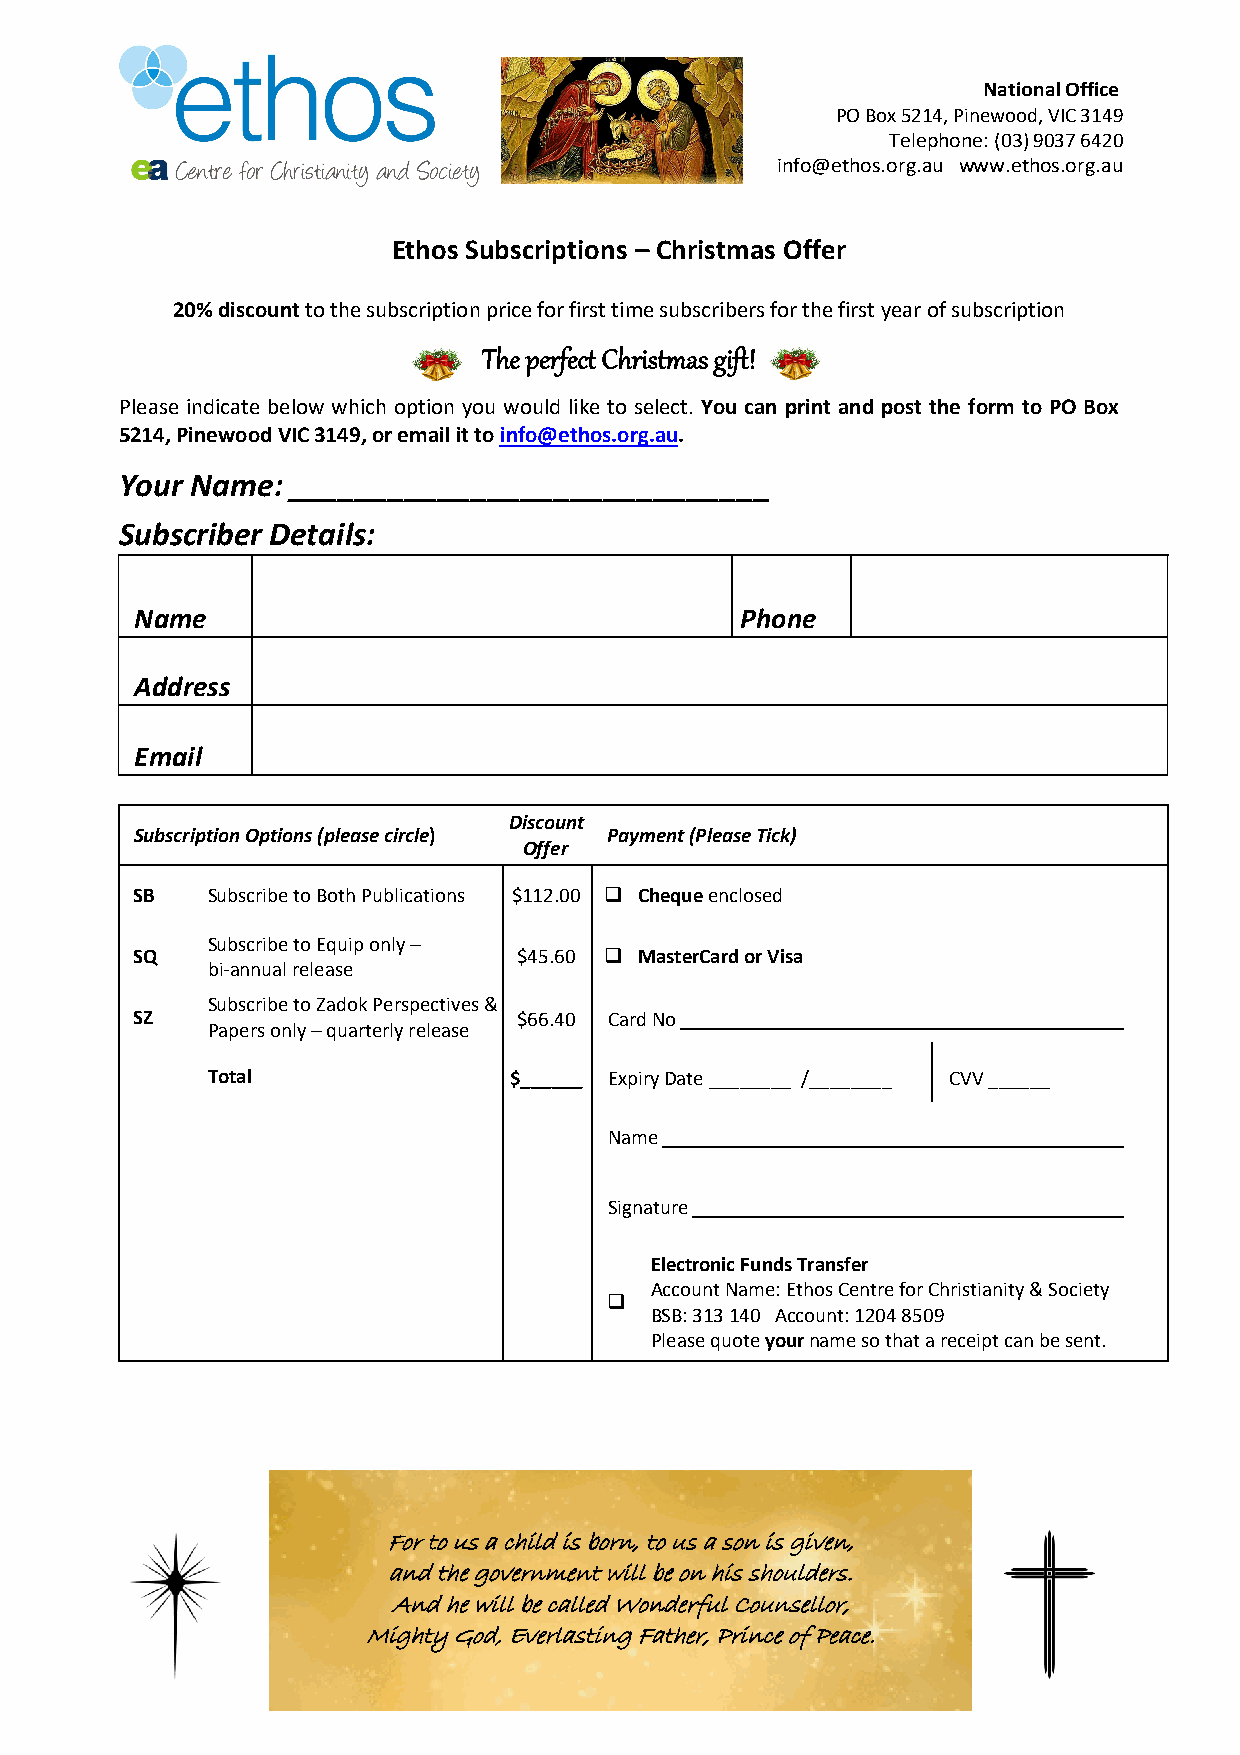
National Office
 PO Box 5214, Pinewood, VIC 3149
 Telephone: (03) 9037 6420
 info@ethos.org.au www.ethos.org.au
 Ethos Subscriptions – Christmas Offer
 20% discount to the subscription price for first time subscribers for the first year of subscription
 The perfect Christmas gift!
 Please indicate below which option you would like to select. You can print and post the form to PO Box
 5214, Pinewood VIC 3149, or email it to info@ethos.org.au.
 Your Name: _____________________________
 Subscriber Details:
 Name                                    Phone
 Address
 Email
 Discount
 Subscription Options (please circle) Payment (Please Tick)
 Offer
 SB   Subscribe to Both Publications $112.00 q Cheque enclosed
 Subscribe to Equip only –
 SQ                       $45.60 q MasterCard or Visa
 bi-annual release
 Subscribe to Zadok Perspectives &
 SZ                       $66.40 Card No
 Papers only – quarterly release
 Total               $______ Expiry Date ________ /________ CVV ______
 Name
 Signature
 Electronic Funds Transfer
 Account Name: Ethos Centre for Christianity & Society
 q
 BSB: 313 140 Account: 1204 8509
 Please quote your name so that a receipt can be sent.
 For to us a child is born, to us a son is given,
 and the government will be on his shoulders.
 And he will be called Wonderful Counsellor,
 Mighty God, Everlasting Father, Prince of Peace.